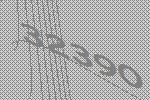
32390